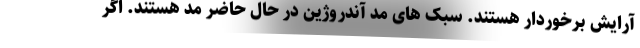
آرایش برخوردار هستند. سبک های مد آندروژین در حال حاضر مد هستند. اگر